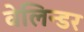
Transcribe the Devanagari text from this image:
वेलिन्डर